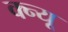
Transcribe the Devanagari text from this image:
क्न्यू